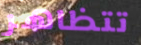
تتظاهر